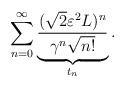
LaTeX: \begin{align*} \sum_{n=0}^{\infty} \underbrace{\frac{(\sqrt{2}\varepsilon^2 L)^{n}}{\gamma^n \sqrt{n!}}}_{t_{n}}. \end{align*}